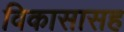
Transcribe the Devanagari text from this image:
विकासासह